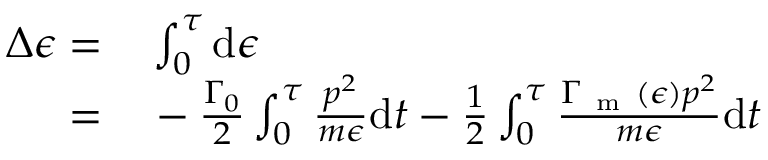
\begin{array} { r l } { \Delta \epsilon = } & { { } \int _ { 0 } ^ { \tau } \mathrm { d } \epsilon } \\ { = } & { { } - \frac { \Gamma _ { 0 } } { 2 } \int _ { 0 } ^ { \tau } \frac { p ^ { 2 } } { m \epsilon } \mathrm { d } t - \frac { 1 } { 2 } \int _ { 0 } ^ { \tau } \frac { \Gamma _ { \mathrm { ~ m ~ } } ( \epsilon ) p ^ { 2 } } { m \epsilon } \mathrm { d } t } \end{array}